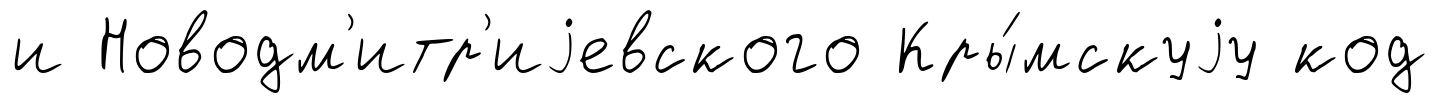
и Новодм'итр'иjевского Кры́мскуjу код